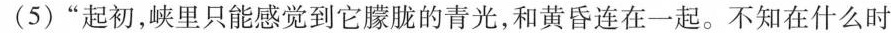
(5)“起初,峡里只能感觉到它朦胧的青光,和黄昏连在一起。不知在什么时